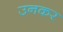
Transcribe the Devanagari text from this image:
उनकर